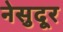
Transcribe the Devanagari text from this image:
नेसुदूर